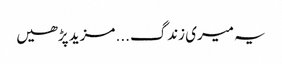
یہ میری زندگ... مزید پڑھیں